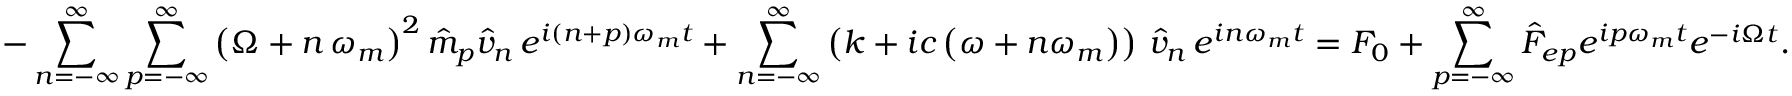
- \sum _ { n = - \infty } ^ { \infty } \sum _ { p = - \infty } ^ { \infty } \left( \Omega + n \, \omega _ { m } \right) ^ { 2 } \hat { m } _ { p } \hat { v } _ { n } \, e ^ { i ( n + p ) \omega _ { m } t } + \sum _ { n = - \infty } ^ { \infty } \left( k + i c \left( \omega + n \omega _ { m } \right) \right) \, \hat { v } _ { n } \, e ^ { i n \omega _ { m } t } = F _ { 0 } + \sum _ { p = - \infty } ^ { \infty } \hat { F } _ { e p } e ^ { i p \omega _ { m } t } e ^ { - i \Omega t } .